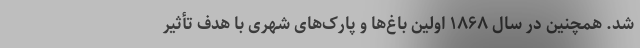
شد. همچنین در سال ۱۸۶۸ اولین باغ‌ها و پارک‌های شهری با هدف تأثیر